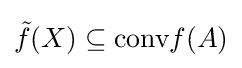
{\tilde {f}}(X)\subseteq {\text{conv}}f(A)